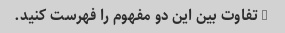
4 تفاوت بین این دو مفهوم را فهرست کنید.